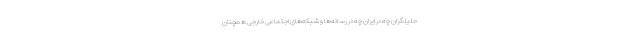
حلیلگران چه در ایران چه در رسانه‌ها و شبکه‌های اجتماعی خارجی همچنان